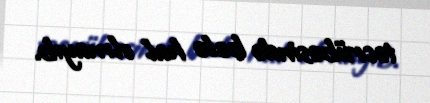
təcrübəsində belə hal olmayıb.